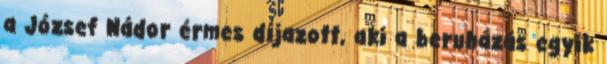
a József Nádor érmes díjazott, aki a beruházás egyik